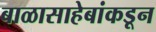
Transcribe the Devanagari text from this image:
बाळासाहेबांकडून